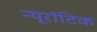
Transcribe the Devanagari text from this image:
न्यूरॉटिक